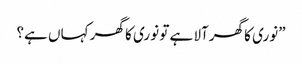
”نوری کا گھرآلا ہے تو نوری کا گھر کہاں ہے؟